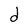
Character: d